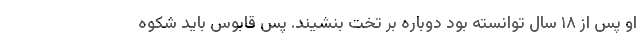
او پس از ۱۸ سال توانسته بود دوباره بر تخت بنشیند. پس قابوس باید شکوه